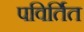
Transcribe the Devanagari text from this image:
पविर्तित